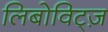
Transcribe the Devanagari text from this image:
लिबोविट्ज़